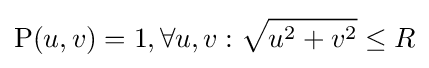
\mathrm {P} (u,v)=1,\forall u,v:{\sqrt {u^{2}+v^{2}}}\leq R